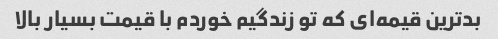
بدترین قیمه‌ای که تو زندگیم خوردم با قیمت بسیار بالا